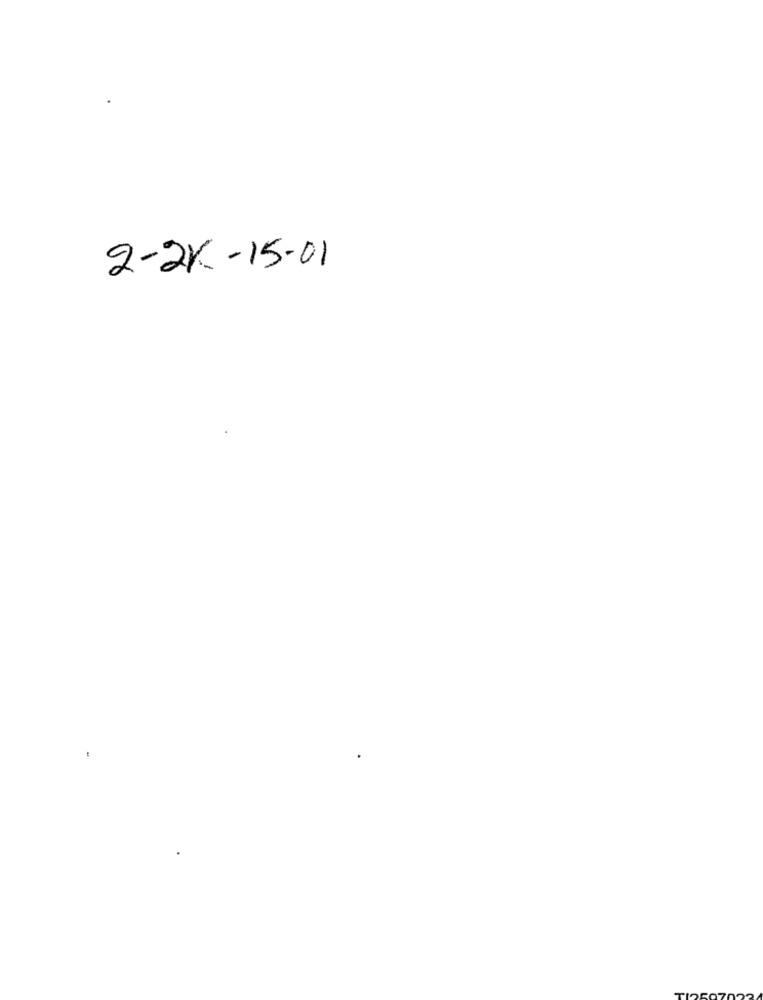
2-2K-15-01